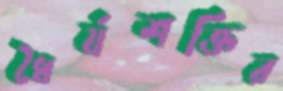
ধৈর্যশক্তির